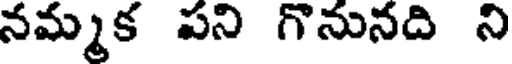
నమ్మక పని గొనునది ని